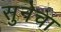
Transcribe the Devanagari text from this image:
सुनेचा